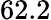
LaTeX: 62.2